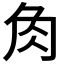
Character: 𧢲